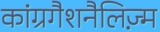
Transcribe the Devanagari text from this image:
कांग्रगैशनैलिज़्म